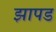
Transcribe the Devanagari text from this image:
झापड